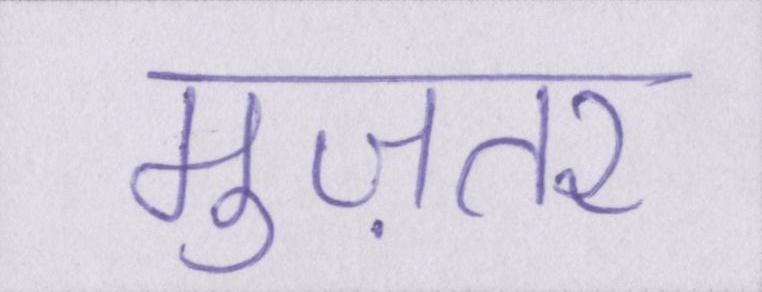
मुज़तर